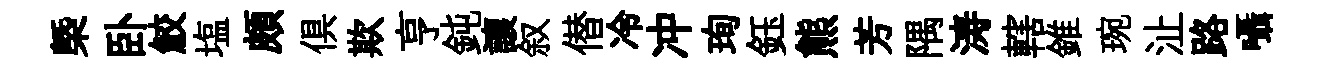
槩卧鮫塩頗俱欺亨鈍讓叙僣冷冲珣鈺熊芳隅涛轄錐琬沚路囁